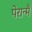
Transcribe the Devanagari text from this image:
पेरान्मै